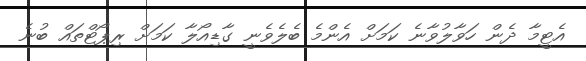
އެޓީމާ ދެން ހަވާލުވާނެ ކަމަށް އެންމެ ބެލެވެނީ ގާޑިއޯލާ ކަމަށް ރިޕޯޓްތައް ބުނެ